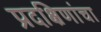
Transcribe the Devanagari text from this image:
प्रदक्षिणांचा